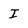
Character: I